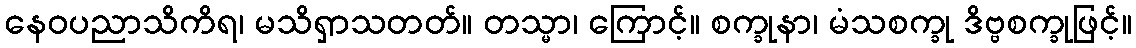
နေဝပညာသိကိရ၊ မသိရှာသတတ်။ တသ္မာ၊ ကြောင့်။ စက္ခုနာ၊ မံသစက္ခု ဒိဗ္ဗစက္ခုဖြင့်။